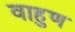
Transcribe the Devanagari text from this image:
वाहुण